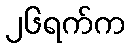
၂၆ရက်က